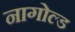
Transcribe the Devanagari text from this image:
नागोल्ड